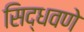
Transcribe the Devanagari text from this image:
सिद्धवणे